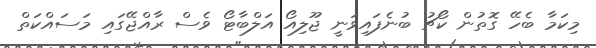
މިކަމާ ބެހޭ ގޮތުން ކޯޗު ބުނެފައިވަނީ ޖޫލިއޯ އަލްބާޓޯ ވެސް ރާއްޖޭގައި މަސައްކަތް